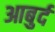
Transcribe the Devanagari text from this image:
आबुर्द